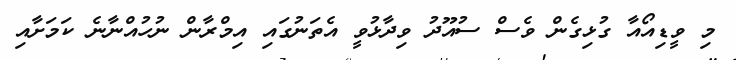
މި ވީޑިއޯއާ ގުޅިގެން ވެސް ސުއޫދު ވިދާޅުވީ އެތަނުގައި އިމްރާން ނުހުއްނާނެ ކަމަށާއި